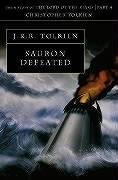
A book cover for Sauron Defeated (History of Middle-Earth); Christopher Tolkien; Science Fiction & Fantasy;